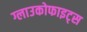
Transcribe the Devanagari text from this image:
ग्लाउकोफाइट्स